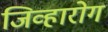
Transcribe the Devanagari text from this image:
जिव्हारोग